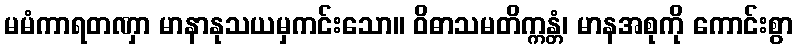
မမံကာရတဏှာ မာနာနုသယမှကင်းသော။ ဝိဓာသမတိက္ကန္တံ၊ မာနအစုကို ကောင်းစွာ